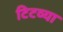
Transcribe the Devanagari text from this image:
टिटव्या